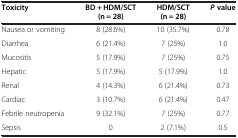
<table><thead><tr><td><b>Toxicity</b></td><td><b>BD + HDM/SCT (n = 28)</b></td><td><b>HDM/SCT (n = 28)</b></td><td><b><i>P </i>value</b></td></tr></thead><tbody><tr><td>Nausea or vomiting</td><td>8 (28.6%)</td><td>10 (35.7%)</td><td>0.78</td></tr><tr><td>Diarrhea</td><td>6 (21.4%)</td><td>7 (25%)</td><td>1.0</td></tr><tr><td>Mucositis</td><td>5 (17.9%)</td><td>7 (25%)</td><td>0.75</td></tr><tr><td>Hepatic</td><td>5 (17.9%)</td><td>5 (17.9%)</td><td>1.0</td></tr><tr><td>Renal</td><td>4 (14.3%)</td><td>6 (21.4%)</td><td>0.73</td></tr><tr><td>Cardiac</td><td>3 (10.7%)</td><td>6 (21.4%)</td><td>0.47</td></tr><tr><td>Febrile neutropenia</td><td>9 (32.1%)</td><td>7 (25%)</td><td>0.77</td></tr><tr><td>Sepsis</td><td>0</td><td>2 (7.1%)</td><td>0.5</td></tr></tbody></table>